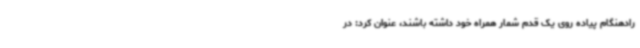
رادهنگام پیاده روی یک قدم شمار همراه خود داشته باشند، عنوان کرد: در